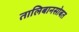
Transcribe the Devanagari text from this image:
तालिबानसोबत